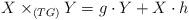
LaTeX: \begin{align*}X \times_{(TG)} Y = g \cdot Y + X \cdot h\end{align*}